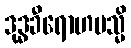
ဒုဒ္ဓခီရောဟမသ္မိ